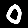
Digit: 0